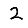
Digit: 2